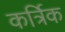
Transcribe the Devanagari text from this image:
कर्त्रिक